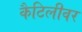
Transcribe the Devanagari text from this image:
कैटिलीवर